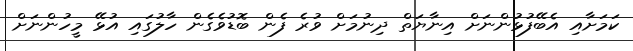
ކަމަށާއި އެބޭފުޅުންނަށް އިނާޔަތް ދިނުމަށް ވުރެ ފެން ބޮޑުވެގެން ހާލުގައި އުޅޭ މީހުންނަށް